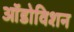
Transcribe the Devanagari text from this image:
ऑडोविशन